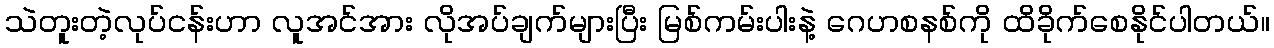
သဲတူးတဲ့လုပ်ငန်းဟာ လူအင်အား လိုအပ်ချက်များပြီး မြစ်ကမ်းပါးနဲ့ ဂေဟစနစ်ကို ထိခိုက်စေနိုင်ပါတယ်။